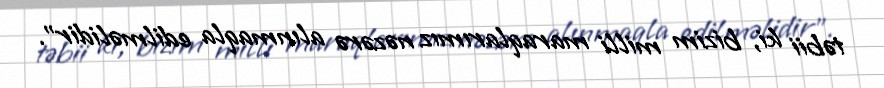
təbii ki, bizim milli maraqlarımız nəzərə alınmaqla edilməlidir”.